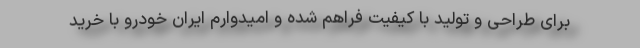
برای طراحی و تولید با کیفیت فراهم شده و امیدوارم ایران خودرو با خرید